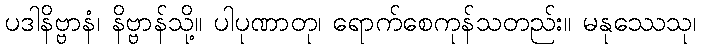
ပဒါနိဗ္ဗာနံ၊ နိဗ္ဗာန်သို့။ ပါပုဏာတု၊ ရောက်စေကုန်သတည်း။ မနုဿေသု၊